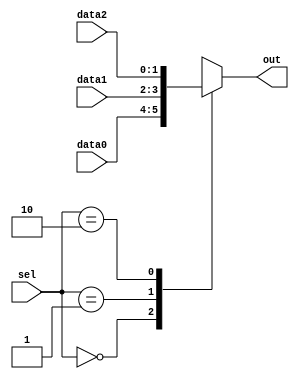
module mux_behavioral (input [1:0] sel, input [1:0] data0, data1, data2, output reg [1:0] out);

always @(*)
begin
    case(sel)
        2'b00 : out = data0; // Select data0 if sel is 00
        2'b01 : out = data1; // Select data1 if sel is 01
        2'b10 : out = data2; // Select data2 if sel is 10
        default: out = 2'bxx; // Default case if none of the conditions are met
    endcase
end

endmodule